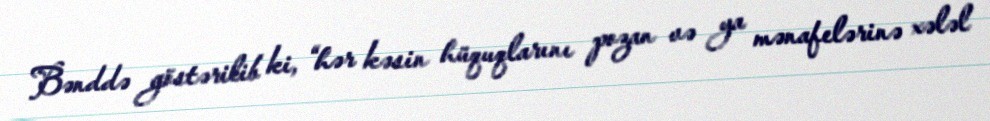
Bənddə göstərilib ki, “hər kəsin hüquqlarını pozan və ya mənafelərinə xələl